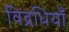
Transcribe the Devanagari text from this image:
विद्रधियाँ